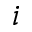
i